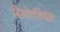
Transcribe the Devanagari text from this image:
बिओएथिक्स